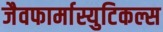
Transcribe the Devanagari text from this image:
जैवफार्मास्युटिकल्स